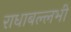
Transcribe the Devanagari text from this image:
राधाबल्लभी